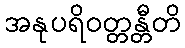
အနုပရိဝတ္တန္တီတိ